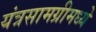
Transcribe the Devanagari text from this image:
यंत्रसामग्रीमध्ये